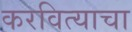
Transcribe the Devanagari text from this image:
करवित्याचा